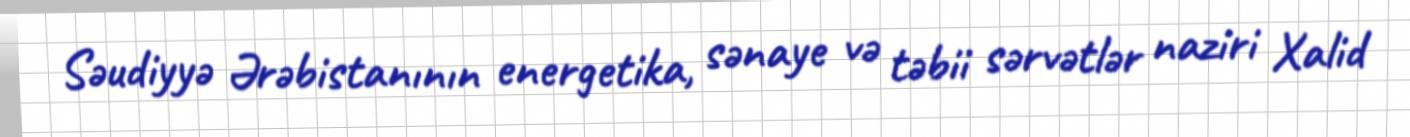
Səudiyyə Ərəbistanının energetika, sənaye və təbii sərvətlər naziri Xalid